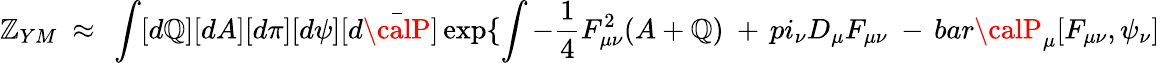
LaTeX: \mathbb{Z}_{YM}~\approx~\int[d\mathbb{Q}][dA][d\pi][d\psi][d\bar{{\calP}}]\exp\{ \int-\frac{{1}}{{4}}F_{\mu\nu}^{2}(A+\mathbb{Q})\ +\, pi_{\nu}D_{\mu}F_{\mu\nu}\ -\, bar{\calP}_{\mu}[F_{\mu\nu},\psi_{\nu}]